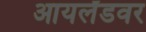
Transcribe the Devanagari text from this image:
आयर्लंडवर